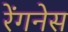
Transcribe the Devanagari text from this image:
रेंगनेस